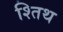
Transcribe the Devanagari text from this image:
श्तिथ